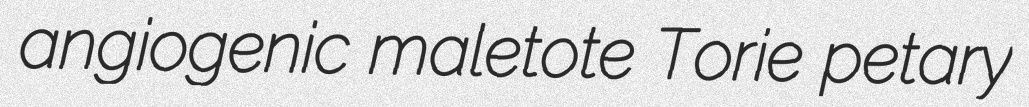
angiogenic maletote Torie petary